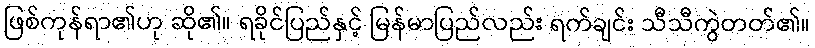
ဖြစ်ကုန်ရာ၏ဟု ဆို၏။ ရခိုင်ပြည်နှင့် မြန်မာပြည်လည်း ရက်ချင်း သီသီကွဲတတ်၏။